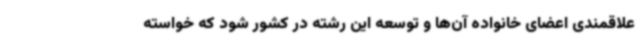
علاقمندی اعضای خانواده آن‌ها و توسعه این رشته در کشور شود که خواسته